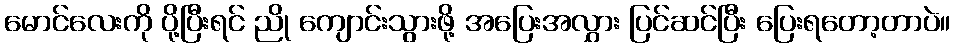
မောင်လေးကို ပို့ပြီးရင် ညို ကျောင်းသွားဖို့ အပြေးအလွှား ပြင်ဆင်ပြီး ပြေးရတော့တာပဲ။